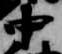
中